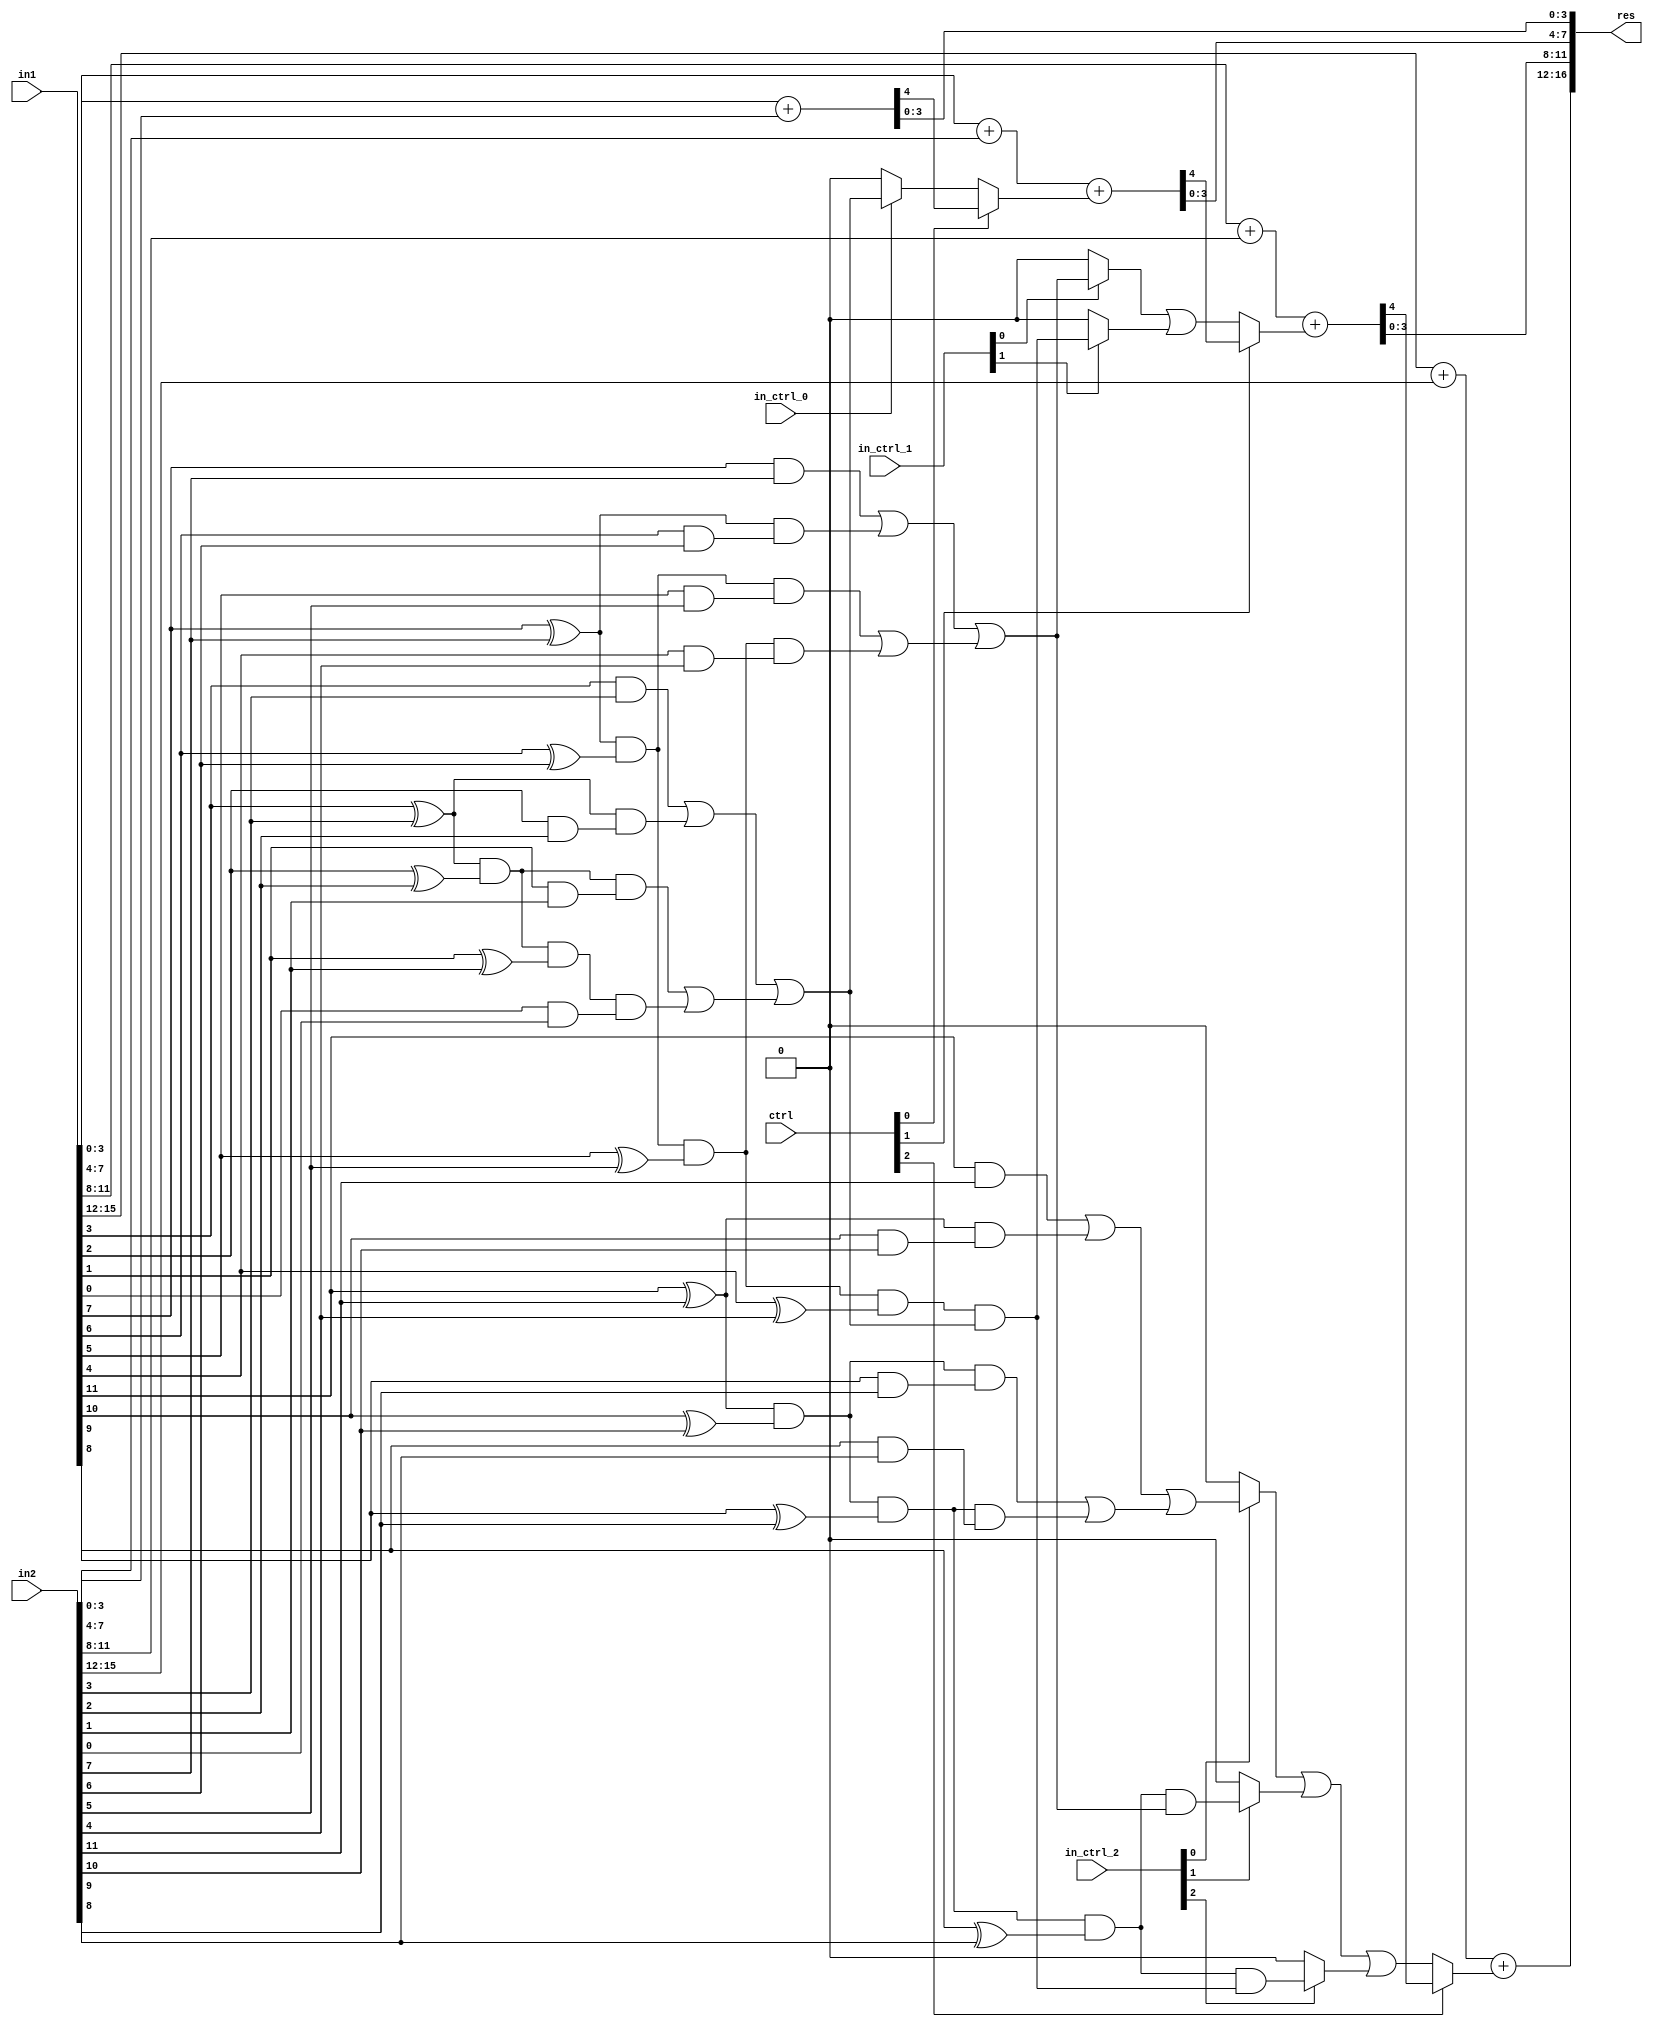
module GDA_dyn_N16_M4(
    input  [15:0] in1,
    input  [15:0] in2,
	 input  [ 2:0] ctrl,
	 input			in_ctrl_0,
	 input  [ 1:0]	in_ctrl_1,
	 input  [ 2:0]	in_ctrl_2,
    output [16:0] res
    );

wire [4:0] 	temp1, temp2, temp3, temp4;
wire 		carry_pred_0,carry_pred_1,carry_pred_2;

//C4
wire 		g0,g1,g2,g3,p0,p1,p2,p3;
wire		p3g2,p3p2,p3p2g1,p3p2p1,p3p2p1g0;
wire 		res_or_1, res_or_2;
wire 		c4;

and and_3(g3,in1[3],in2[3]);
and and_2(g2,in1[2],in2[2]);
and and_1(g1,in1[1],in2[1]);
and and_0(g0,in1[0],in2[0]);

xor xor_3(p3,in1[3],in2[3]);
xor xor_2(p2,in1[2],in2[2]);
xor xor_1(p1,in1[1],in2[1]);
xor xor_0(p0,in1[0],in2[0]);

and and_4(p3g2,p3,g2);
and and_5(p3p2,p3,p2);
and and_6(p3p2g1,p3p2,g1);
and and_7(p3p2p1,p3p2,p1);
and and_8(p3p2p1g0,p3p2p1,g0);

or or_3(res_or_1,g3,p3g2);
or or_2(res_or_2,p3p2g1,p3p2p1g0);
or or_1(c4,res_or_1,res_or_2);

//C8
wire 		g4,g5,g6,g7,p4,p5,p6,p7;
wire		p7g6,p7p6,p7p6g5,p7p6p5,p7p6p5g4,p7p6p5p4,p7p6p5p4c4;
wire 		res_or_3, res_or_4;
wire 		c8,temp_c8_1,temp_c8_2;

and and_9 (g7,in1[7],in2[7]);
and and_10(g6,in1[6],in2[6]);
and and_11(g5,in1[5],in2[5]);
and and_12(g4,in1[4],in2[4]);

xor xor_7(p7,in1[7],in2[7]);
xor xor_6(p6,in1[6],in2[6]);
xor xor_5(p5,in1[5],in2[5]);
xor xor_4(p4,in1[4],in2[4]);

and and_13(p7g6,p7,g6);
and and_14(p7p6,p7,p6);
and and_15(p7p6g5,p7p6,g5);
and and_16(p7p6p5,p7p6,p5);
and and_17(p7p6p5g4,p7p6p5,g4);

or or_6(res_or_3,g7,p7g6);
or or_5(res_or_4,p7p6g5,p7p6p5g4);
or or_4(c8,res_or_3,res_or_4);

and and_27(p7p6p5p4,p7p6p5,p4);
and and_28(p7p6p5p4c4,p7p6p5p4,c4);
assign temp_c8_1 = in_ctrl_1[0]?c8:1'b0;
assign temp_c8_2 = in_ctrl_1[1]?p7p6p5p4c4:1'b0;

//C12
wire 		g8,g9,g10,g11,p8,p9,p10,p11;
wire		p11g10,p11p10,p11p10g9,p11p10p9,p11p10p9g8,p11p10p9p8c8,p11p10p9p8p7p6p5p4c4;
wire 		res_or_5, res_or_6;
wire 		c12,temp_c12_1,temp_c12_2,temp_c12_12,temp_c12_3;

and and_18(g11,in1[11],in2[11]);
and and_19(g10,in1[10],in2[10]);
and and_20(g9,in1[9],in2[9]);
and and_21(g8,in1[8],in2[8]);

xor xor_11(p11,in1[11],in2[11]);
xor xor_10(p10,in1[10],in2[10]);
xor xor_9(p9,in1[9],in2[9]);
xor xor_8(p8,in1[8],in2[8]);

and and_22(p11g10,p11,g10);
and and_23(p11p10,p11,p10);
and and_24(p11p10g9,p11p10,g9);
and and_25(p11p10p9,p11p10,p9);
and and_26(p11p10p9g8,p11p10p9,g8);

or or_9(res_or_5,g11,p11g10);
or or_8(res_or_6,p11p10g9,p11p10p9g8);
or or_7(c12,res_or_5,res_or_6);

and and_29(p11p10p9p8,p11p10p9,p8);
and and_30(p11p10p9p8c8,p11p10p9p8,c8);						
and and_31(p11p10p9p8p7p6p5p4c4,p11p10p9p8,p7p6p5p4c4);  

assign temp_c12_1 = in_ctrl_2[0]?c12:1'b0;
assign temp_c12_2 = in_ctrl_2[1]?p11p10p9p8c8:1'b0;
assign temp_c12_3 = in_ctrl_2[2]?p11p10p9p8p7p6p5p4c4:1'b0;

// Results
assign carry_pred_0 = in_ctrl_0?c4:1'b0;
or or_10(carry_pred_1,temp_c8_1,temp_c8_2);
or or_11(temp_c12_12,temp_c12_1,temp_c12_2);
or or_12(carry_pred_2,temp_c12_12,temp_c12_3);

assign temp1[4:0] = in1[ 3: 0] + in2[ 3: 0];
assign temp2[4:0] = in1[ 7: 4] + in2[ 7: 4] + {ctrl[0]?temp1[4]:carry_pred_0};
assign temp3[4:0] = in1[11: 8] + in2[11: 8] + {ctrl[1]?temp2[4]:carry_pred_1};
assign temp4[4:0] = in1[15:12] + in2[15:12] + {ctrl[2]?temp3[4]:carry_pred_2};
assign res[16:0] = {temp4[4:0],temp3[3:0],temp2[3:0],temp1[3:0]};

endmodule